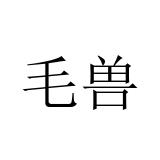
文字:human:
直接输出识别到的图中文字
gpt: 毛兽